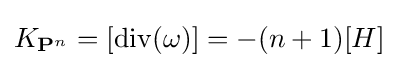
K_{\mathbf {P} ^{n}}=[\operatorname {div} (\omega )]=-(n+1)[H]